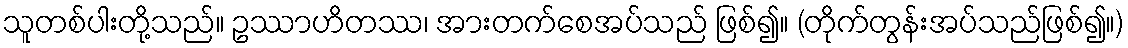
သူတစ်ပါးတို့သည်။ ဥဿာဟိတဿ၊ အားတက်စေအပ်သည် ဖြစ်၍။ (တိုက်တွန်းအပ်သည်ဖြစ်၍။)